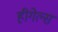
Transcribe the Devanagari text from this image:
हीगेल्स